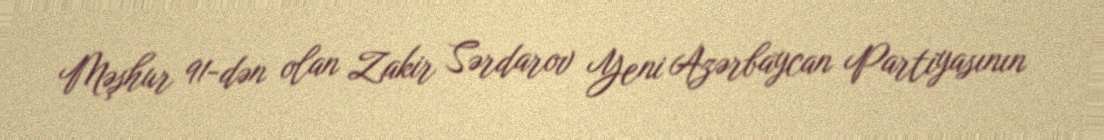
Məşhur 91-dən olan Zakir Sərdarov Yeni Azərbaycan Partiyasının